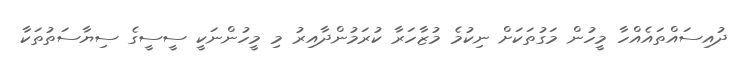
ދުއިސައްތައެއްހާ މީހުން މަގުތަކަށް ނިކުމެ މުޒާހަރާ ކުރަމުންދާއިރު މި މީހުންނަކީ ސީސީގެ ސިޔާސަތުތަކާ